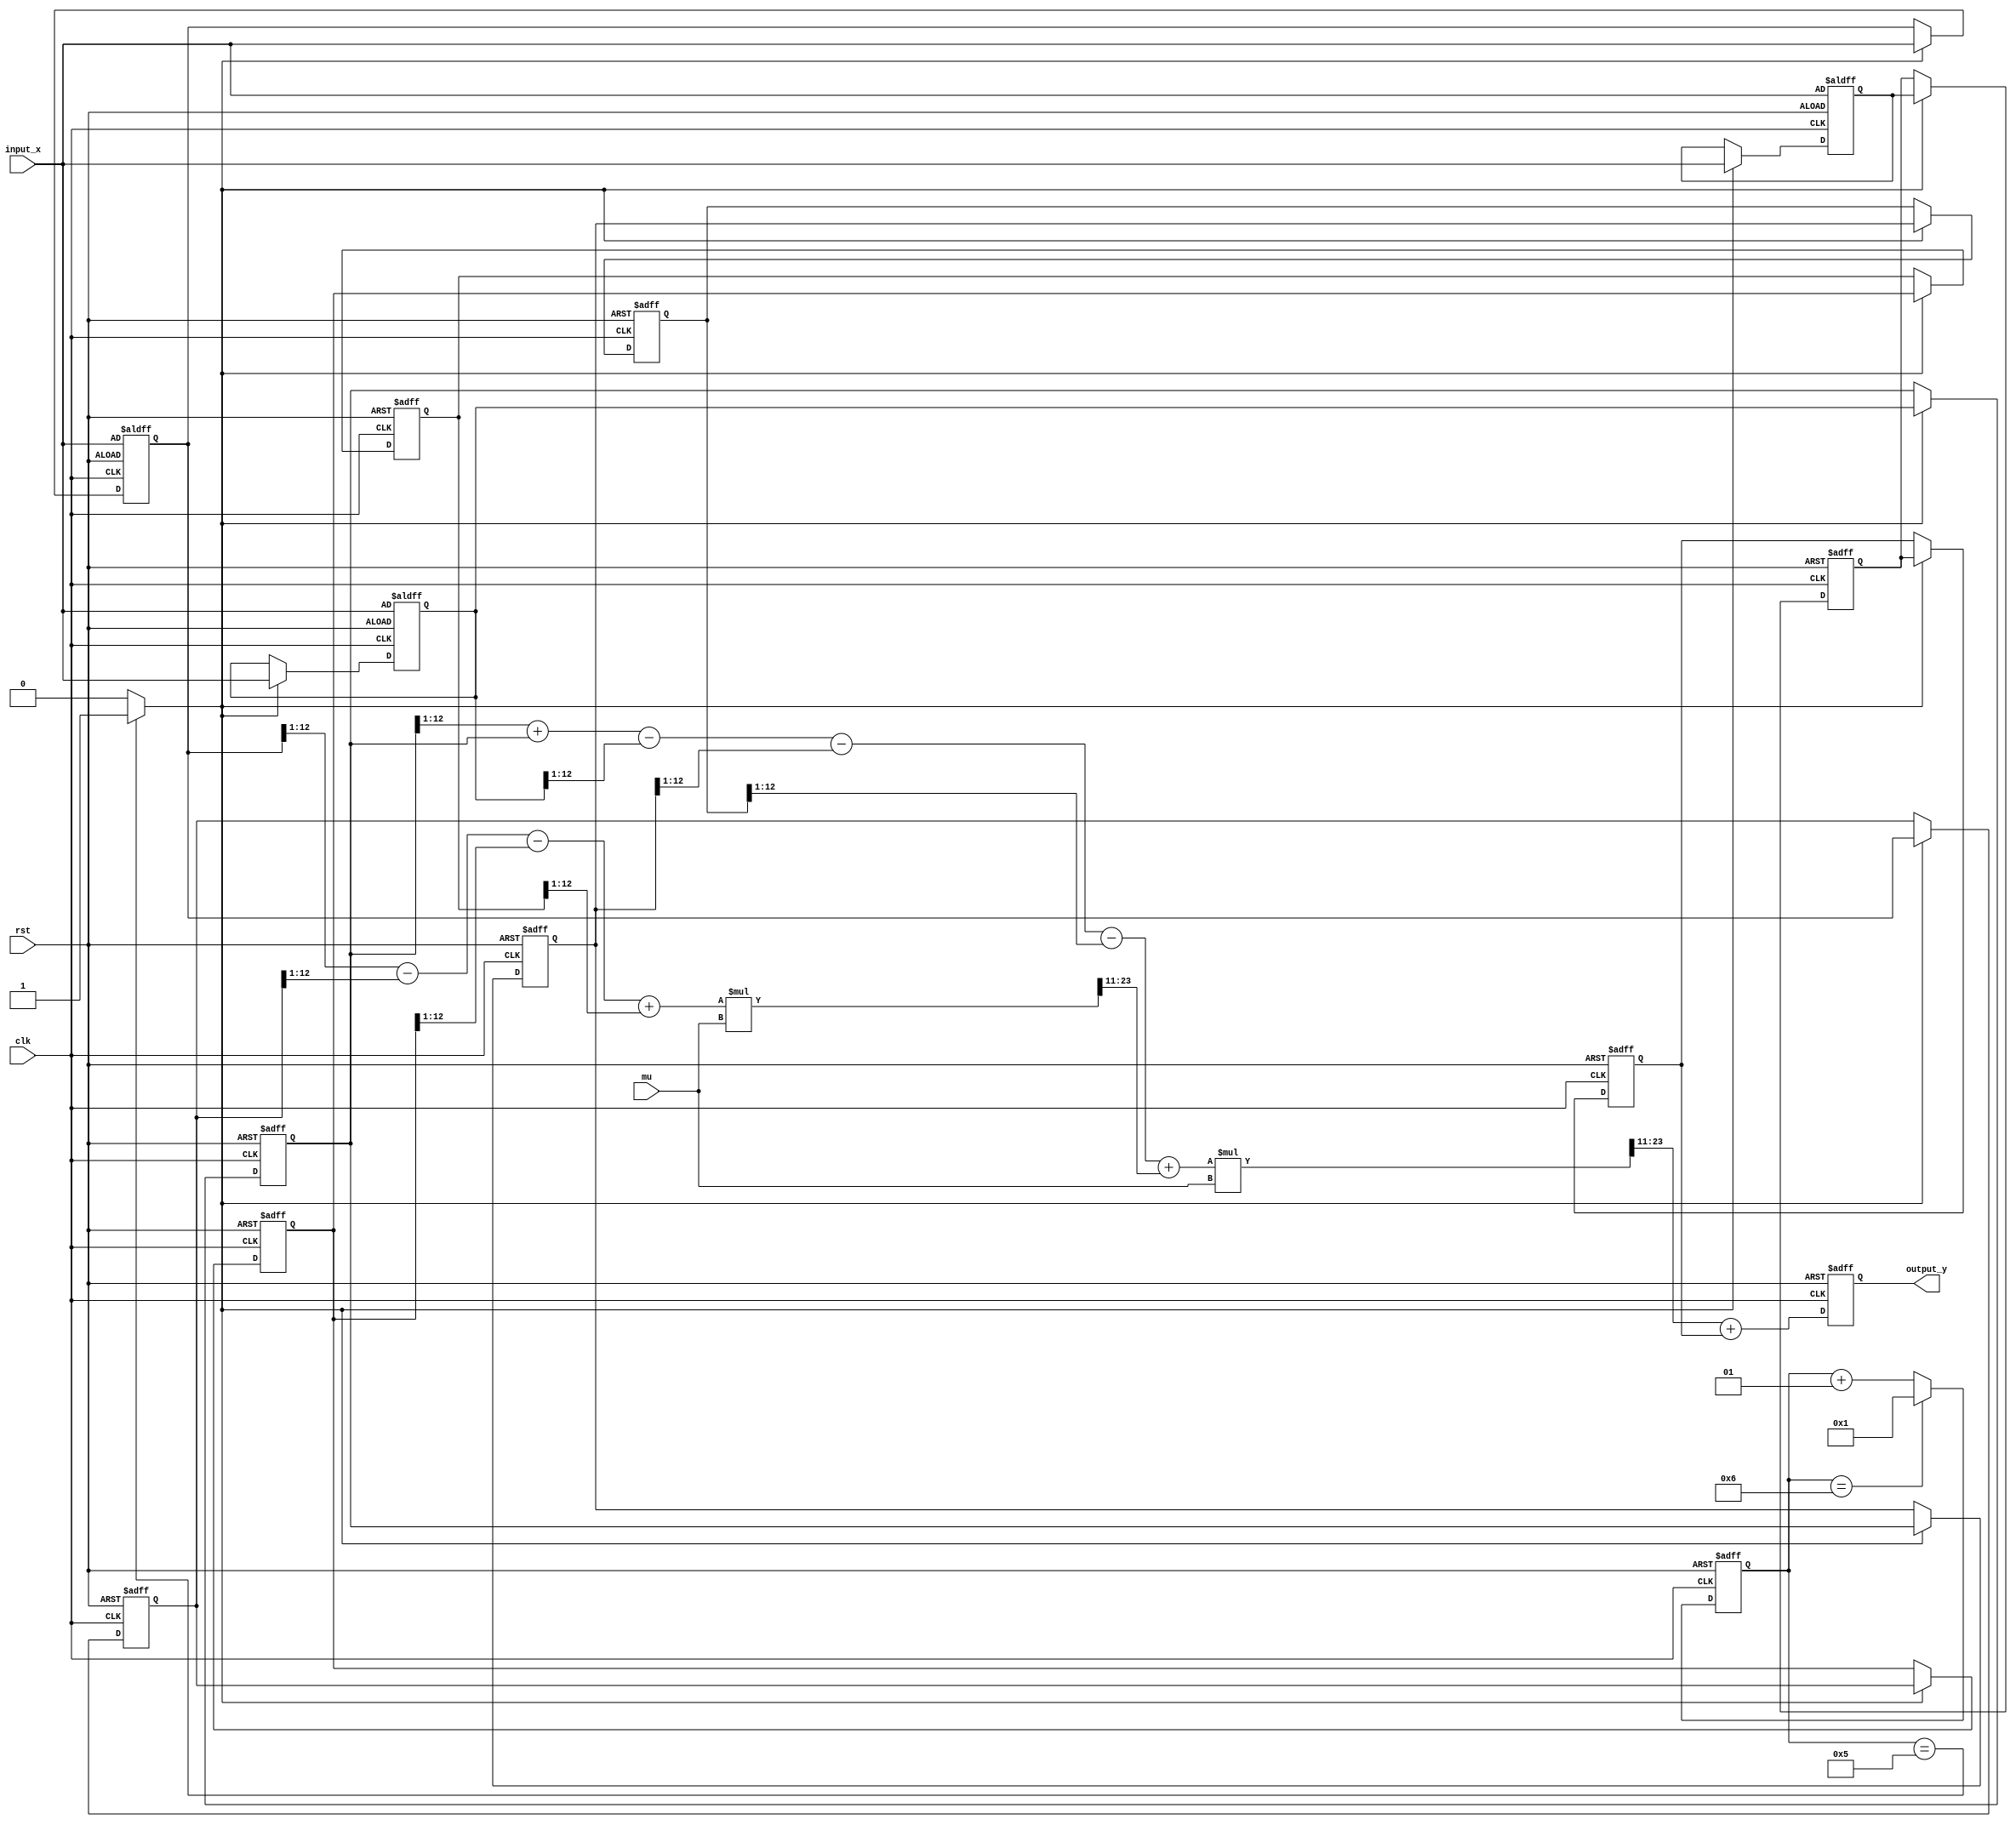
`timescale 1ns / 1ps
//////////////////////////////////////////////////////////////////////////////////
// Company: 
// Engineer: 
// 
// Design Name: 
// Module Name: parabolicINTERPOLATOR
// Project Name: 
// Target Devices: 
// Tool Versions: 
// Description: 
// 
// Dependencies: 
// 
// Revision:
// Revision 0.01 - File Created
// Additional Comments:
// 
//////////////////////////////////////////////////////////////////////////////////


module parabolicINTERPOLATOR(
    clk, 
    rst, 
    output_y,
    input_x,
    mu
    );
    input clk, rst;
    output signed [12:0] output_y;
    input signed [12:0] input_x;
    input signed [12:0] mu;
    
    wire enable;
    wire signed [12:0] output_y;
    reg signed [12:0] output_y_ans;
    reg signed [12:0] v2_reg [0:3];
    reg signed [12:0] v1_reg [0:3];
    reg signed [12:0] v0_reg [0:3];

    wire signed [12:0] v2_alpha1,
                       v2_alpha2,
                       v2_alpha3,
                       v2_alpha4;
    wire signed [12:0] v1_alpha1,
                       v1_alpha2,
                       v1_alpha3,
                       v1_alpha4,
                       v1_alpha5;
    wire signed [12:0] v0_alpha1,
                       v0_alpha2,
                       v0_alpha3,
                       v0_alpha4;
    wire signed [12:0] v2_out;
    wire signed [12:0] v1_out;
    wire signed [12:0] v0_out;
    wire signed [25:0] w11, w33;
    wire signed [12:0] w1, w2, w3;
    integer count;
    
    //  v(2)
    assign v2_alpha1 = v2_reg[3]>>>1;
    assign v2_alpha2 = v2_reg[2]>>>1;
    assign v2_alpha3 = v2_reg[1]>>>1;
    assign v2_alpha4 = v2_reg[0]>>>1;    
    assign v2_out = v2_alpha1 - v2_alpha2 - v2_alpha3 + v2_alpha4;
    
    //  v(1)
    assign v1_alpha1 = v1_reg[3]>>>1;   
    assign v1_alpha5 = v1_reg[2]>>>1;
    assign v1_alpha2 = v1_alpha5 + v1_reg[2];
    assign v1_alpha3 = v1_reg[1]>>>1;
    assign v1_alpha4 = v1_reg[0]>>>1;
    assign v1_out =  v1_alpha2 - v1_alpha1  - v1_alpha3 - v1_alpha4;
      
    //  v(0)
    assign v0_out = v0_reg[1];
    
    assign w11 = v2_out * mu;
    assign w1 = w11[23:11];
    assign w2 = v1_out + w1;
    assign w33 = w2 * mu;
    assign w3 = w33[23:11];
 
    always@(posedge clk or posedge rst) begin
       if(rst == 1)
            output_y_ans <= 0;
       else
            output_y_ans = w3 + v0_out;
    end
    assign output_y = output_y_ans;
    
    always@(posedge clk or posedge rst) begin
       if(rst == 1)
	       count <= 0;
	   else if (count == 6)
	       count <= 1;
	   else
	       count <= count + 1;
    end
    assign enable = (count == 5)? 1:0;
    
    always@(posedge clk or posedge rst) begin
        if (rst == 1) begin
            v2_reg[0] <= -321;
            v2_reg[1] <= -1657;
            v2_reg[2] <= -2023;
            v2_reg[3] <= input_x;          
            v1_reg[0] <= -321;
            v1_reg[1] <= -1657;
            v1_reg[2] <= -2023;
            v1_reg[3] <= input_x;
            v0_reg[0] <= -321;
            v0_reg[1] <= -1657;
            v0_reg[2] <= -2023;
            v0_reg[3] <= input_x;          
        end else if (enable == 1) begin
            v2_reg[0] <= v2_reg[1];
            v2_reg[1] <= v2_reg[2];
            v2_reg[2] <= v2_reg[3];
            v2_reg[3] <= input_x;
            v1_reg[0] <= v1_reg[1];
            v1_reg[1] <= v1_reg[2];
            v1_reg[2] <= v1_reg[3];
            v1_reg[3] <= input_x;
            v0_reg[0] <= v0_reg[1];
            v0_reg[1] <= v0_reg[2];
            v0_reg[2] <= v0_reg[3];
            v0_reg[3] <= input_x;            
        end 
    end

endmodule